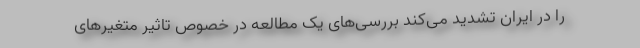
را در ایران تشدید می‌کند بررسی‌های یک مطالعه در خصوص تاثیر متغیرهای